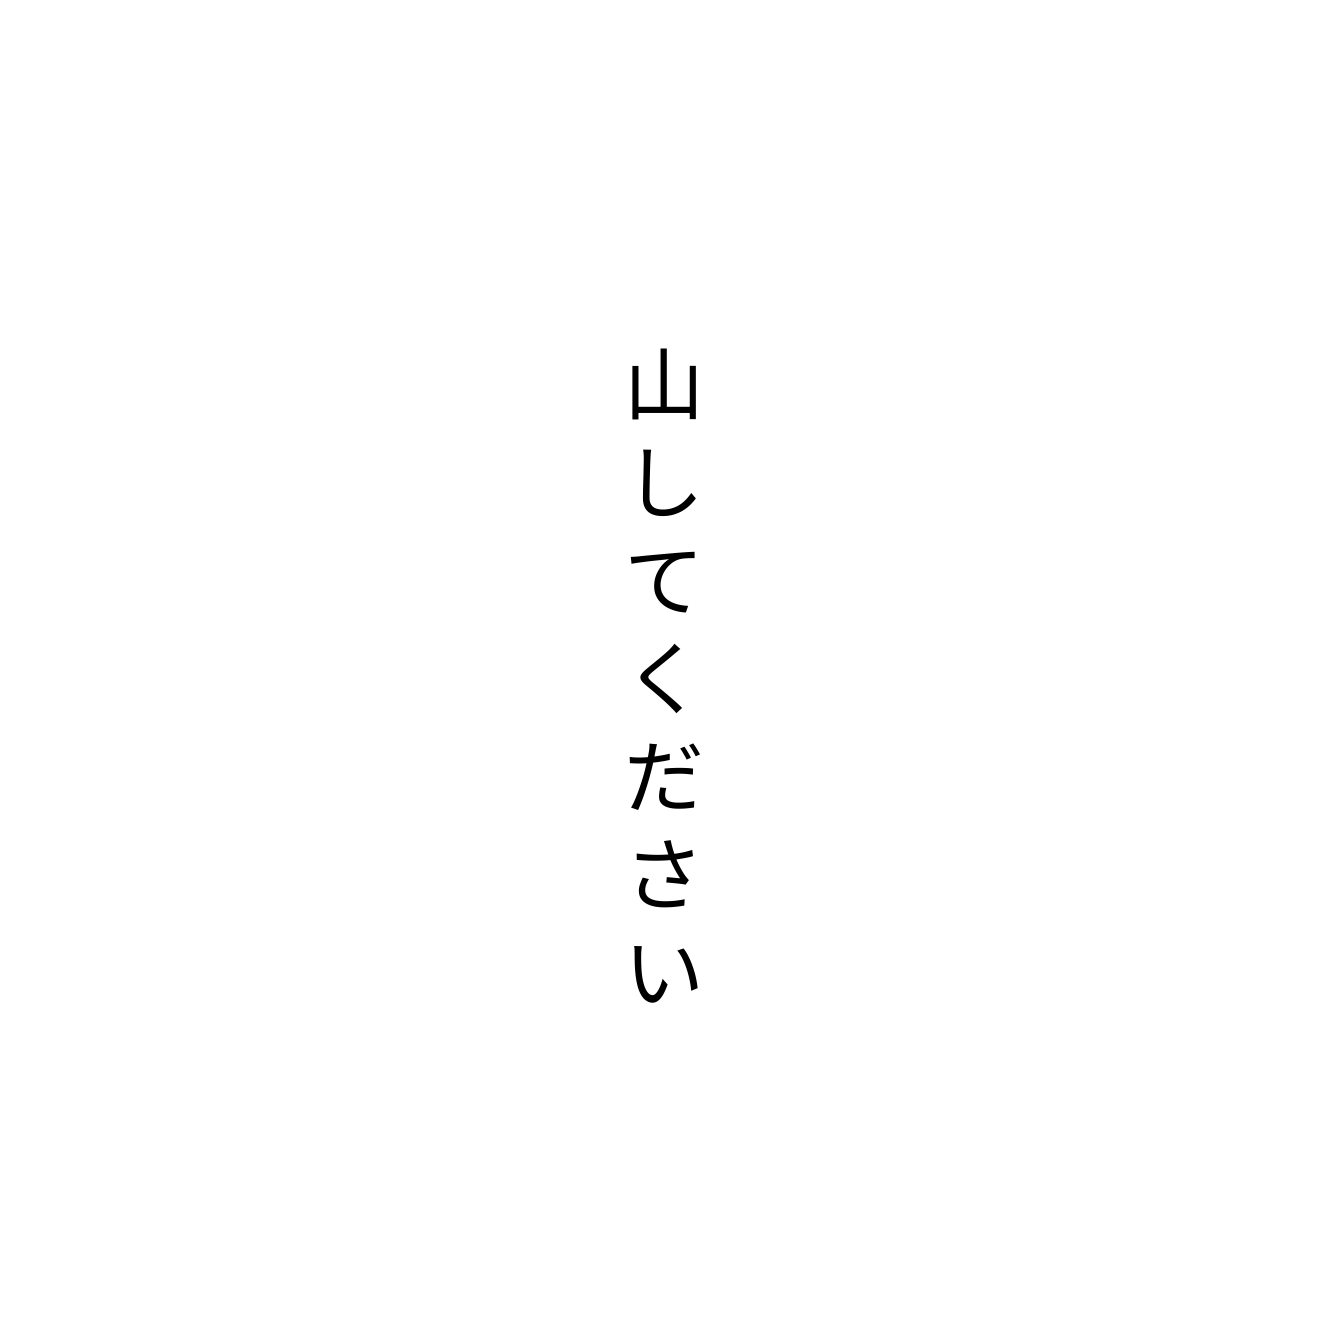
山してください